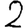
Digit: 2